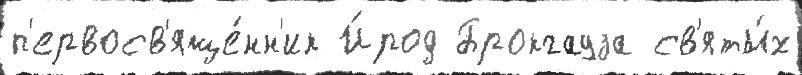
п'ервосв'яще́нн'ик И́род Брокгауза св'яты́х